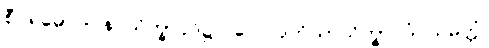
စီဝရဓောဝါပန သိက္ခာပုဒ်၌။ ပေ။ ဒုတိယာသိက္ခာပဒံ သမတ္တံ၊